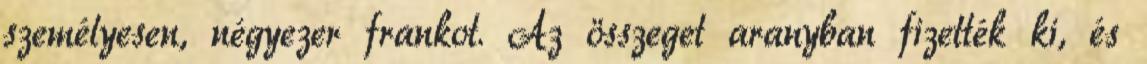
személyesen, négyezer frankot. Az összeget aranyban fizették ki, és